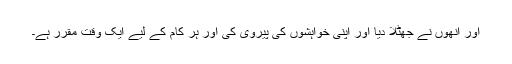
اور انھوں نے جھٹلا دیا اور اپنی خواہشوں کی پیروی کی اور ہر کام کے لیے ایک وقت مقرر ہے۔